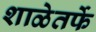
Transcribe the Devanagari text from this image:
शाळेतर्फे